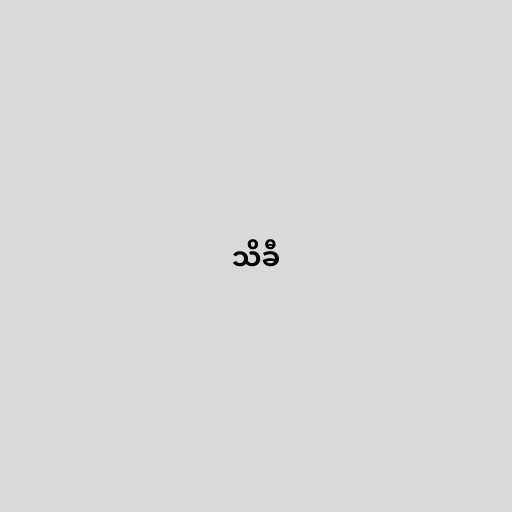
သိခီ